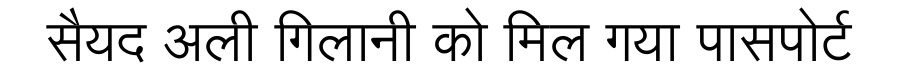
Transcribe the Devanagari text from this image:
सैयद अली गिलानी को मिल गया पासपोर्ट